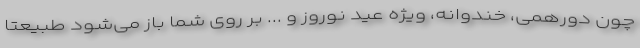
چون دورهمی، خندوانه، ویژه عید نوروز و ... بر روی شما باز می‌شود طبیعتا